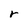
Character: r